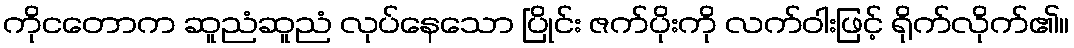
ကိုငတောက ဆူညံဆူညံ လုပ်နေသော ပြိုင်း ဇက်ပိုးကို လက်ဝါးဖြင့် ရိုက်လိုက်၏။